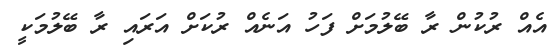
އެއް ރުކުން ރާ ބޭލުމަށް ފަހު އަނެއް ރުކަށް އަރައި ރާ ބޭލުމަކީ